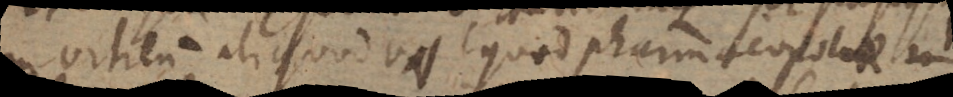
in vitreum aliquod vas quod pharmacopolae